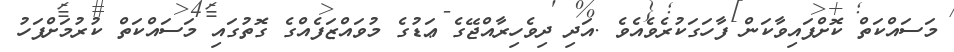
މަސައްކަތް ކޮށްފައިވާކަން ފާހަގަކުރެވެއެވެ .އަދި ދިވެހިރާއްޖޭގެ ޢަޑުގެ މުވައްޒަފެއްގެ ގޮތުގައި މަސައްކަތް ކުރުމަށްފަހު